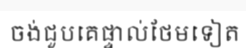
ចង់ជួបគេផ្ទាល់ថែមទៀត